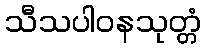
သီသပါဝနသုတ္တံ